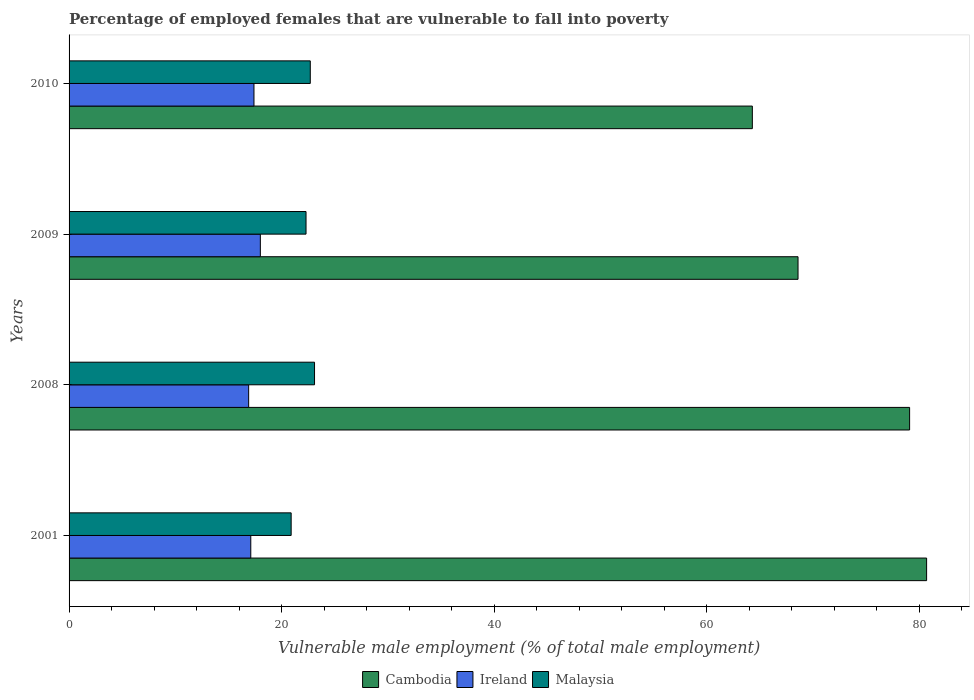
| Years | Cambodia | Ireland | Malaysia |
 | --- | --- | --- | --- |
 | 2001 | 80.7 | 17.1 | 20.9 |
 | 2008 | 79.1 | 16.9 | 23.1 |
 | 2009 | 68.6 | 18 | 22.3 |
 | 2010 | 64.3 | 17.4 | 22.7 |